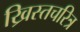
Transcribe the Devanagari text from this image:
ख्रिस्तचरित्र